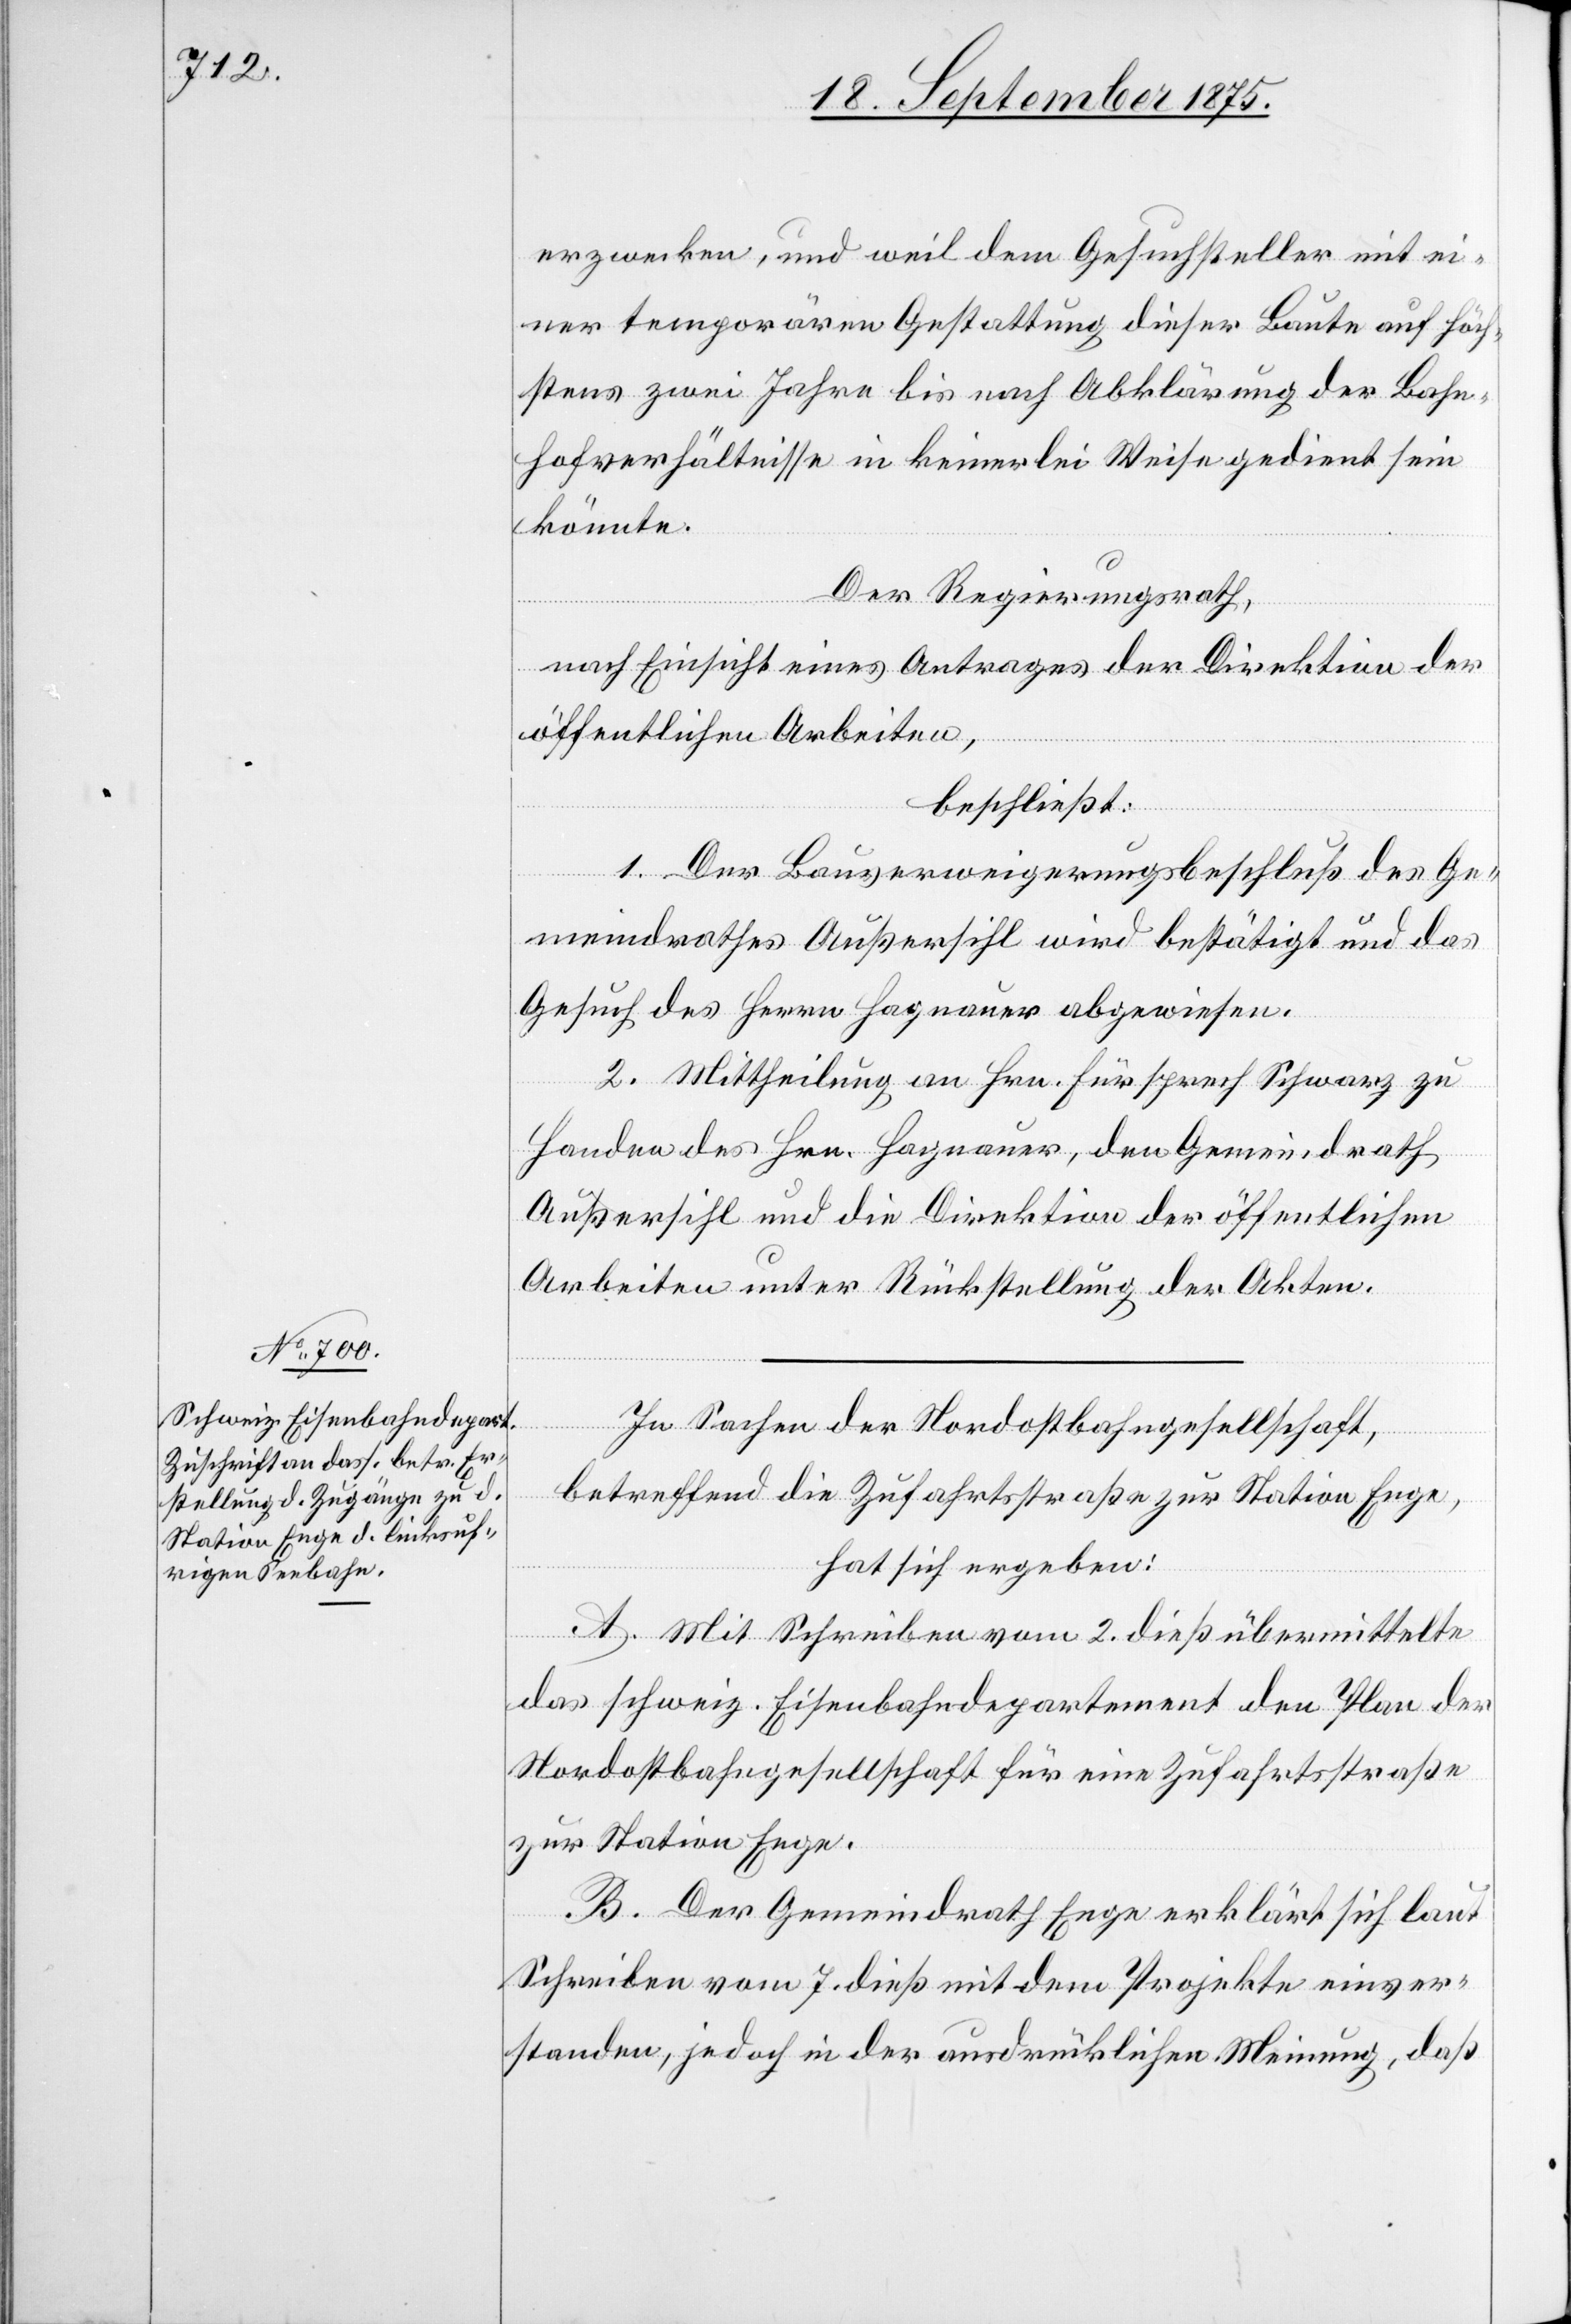
erzwecken, und weil dem Gesuchsteller mit ei¬
ner temporären Gestattung dieser Baute auf höch¬
stens zwei Jahre bis nach Abklärung der Bahn¬
hofverhältnisse in keinerlei Weise gedient sein
könnte.
Der Regierungsrath,
nach Einsicht eines Antrages der Direktion der
öffentlichen Arbeiten,
beschließt:
1. Der Bauverweigerungsbeschluß des Ge¬
meindrathes Außersihl wird bestätigt und das
Gesuch des Herrn Hagnauer abgewiesen.
2. Mittheilung an Hrn. Fürsprech Schwarz zu
Handen des Hrn. Hagnauer, den Gemeindrath
Außersihl und die Direktion der öffentlichen
Arbeiten unter Rückstellung der Akten.
In Sachen der Nordostbahngesellschaft,
betreffend die Zufahrtsstraße zur Station Enge,
hat sich ergeben:
A. Mit Schreiben vom 2. dieß übermittelte
das schweiz. Eisenbahndepartement den Plan der
Nordostbahngesellschaft für eine Zufahrtsstraße
zur Station Enge.
B. Der Gemeindrath Enge erklärt sich laut
Schreiben vom 7. dieß mit dem Projekte einver¬
standen, jedoch in der ausdrücklichen Meinung, daß